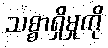
သစ္စာရှိမှုကို